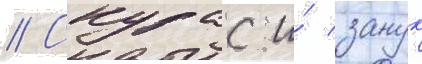
// Скурас и́ занук